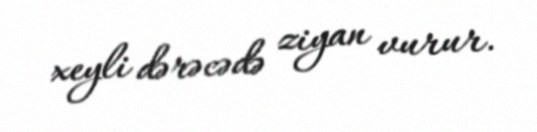
xeyli dərəcədə ziyan vurur.